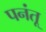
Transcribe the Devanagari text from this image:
पनंतू